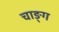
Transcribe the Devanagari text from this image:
चाङ्ग